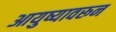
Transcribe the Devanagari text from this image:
आयुष्यावरून